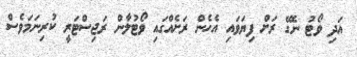
އަދި ވޯޓު ނެގޭ ރަށް ފިޔަވައި އެހެން ރަށެއްގައި ވޯޓުލާން ރަޖިސްޓަރީ ކުރިނަމަވެސް